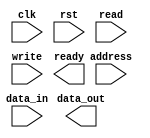
module ddr_controller (
  input wire clk,     // system clock input
  input wire rst,     // synchronous reset input
  input wire read,    // read control signal
  input wire write,   // write control signal
  input wire [15:0] address,  // memory address
  input wire [31:0] data_in,  // data input
  output wire [31:0] data_out,  // data output
  output wire ready    // ready signal indicating completion of read/write operation
);

// module implementation goes here

endmodule